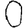
Digit: 0